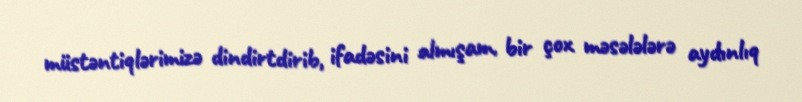
müstəntiqlərimizə dindirtdirib, ifadəsini almışam, bir çox məsələlərə aydınlıq